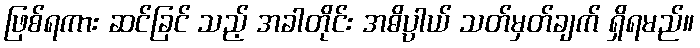
ဖြစ်ရကား ဆင်ခြင် သည့် အခါတိုင်း အဓိပ္ပာယ် သတ်မှတ်ချက် ရှိရမည်။